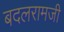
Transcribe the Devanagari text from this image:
बदलरामजी